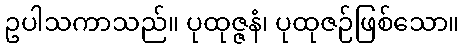
ဥပါသကာသည်။ ပုထုဇ္ဇနံ၊ ပုထုဇဉ်ဖြစ်သော။